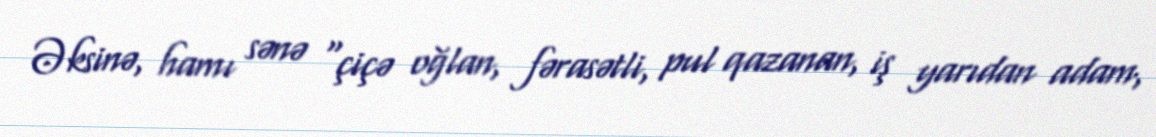
Əksinə, hamı sənə “çiçə oğlan, fərasətli, pul qazanan, iş yarıdan adam,